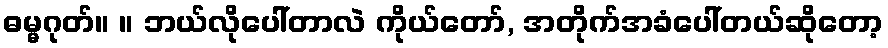
ဓမ္မဂုတ်။ ။ ဘယ်လိုပေါ်တာလဲ ကိုယ်တော်, အတိုက်အခံပေါ်တယ်ဆိုတော့